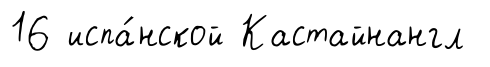
16 испа́нской Кастайнангл